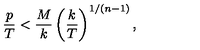
{ \frac { p } { T } } < { \frac { M } { k } } \left( { \frac { k } { T } } \right) ^ { 1 / ( n - 1 ) } ,